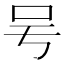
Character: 𠮲